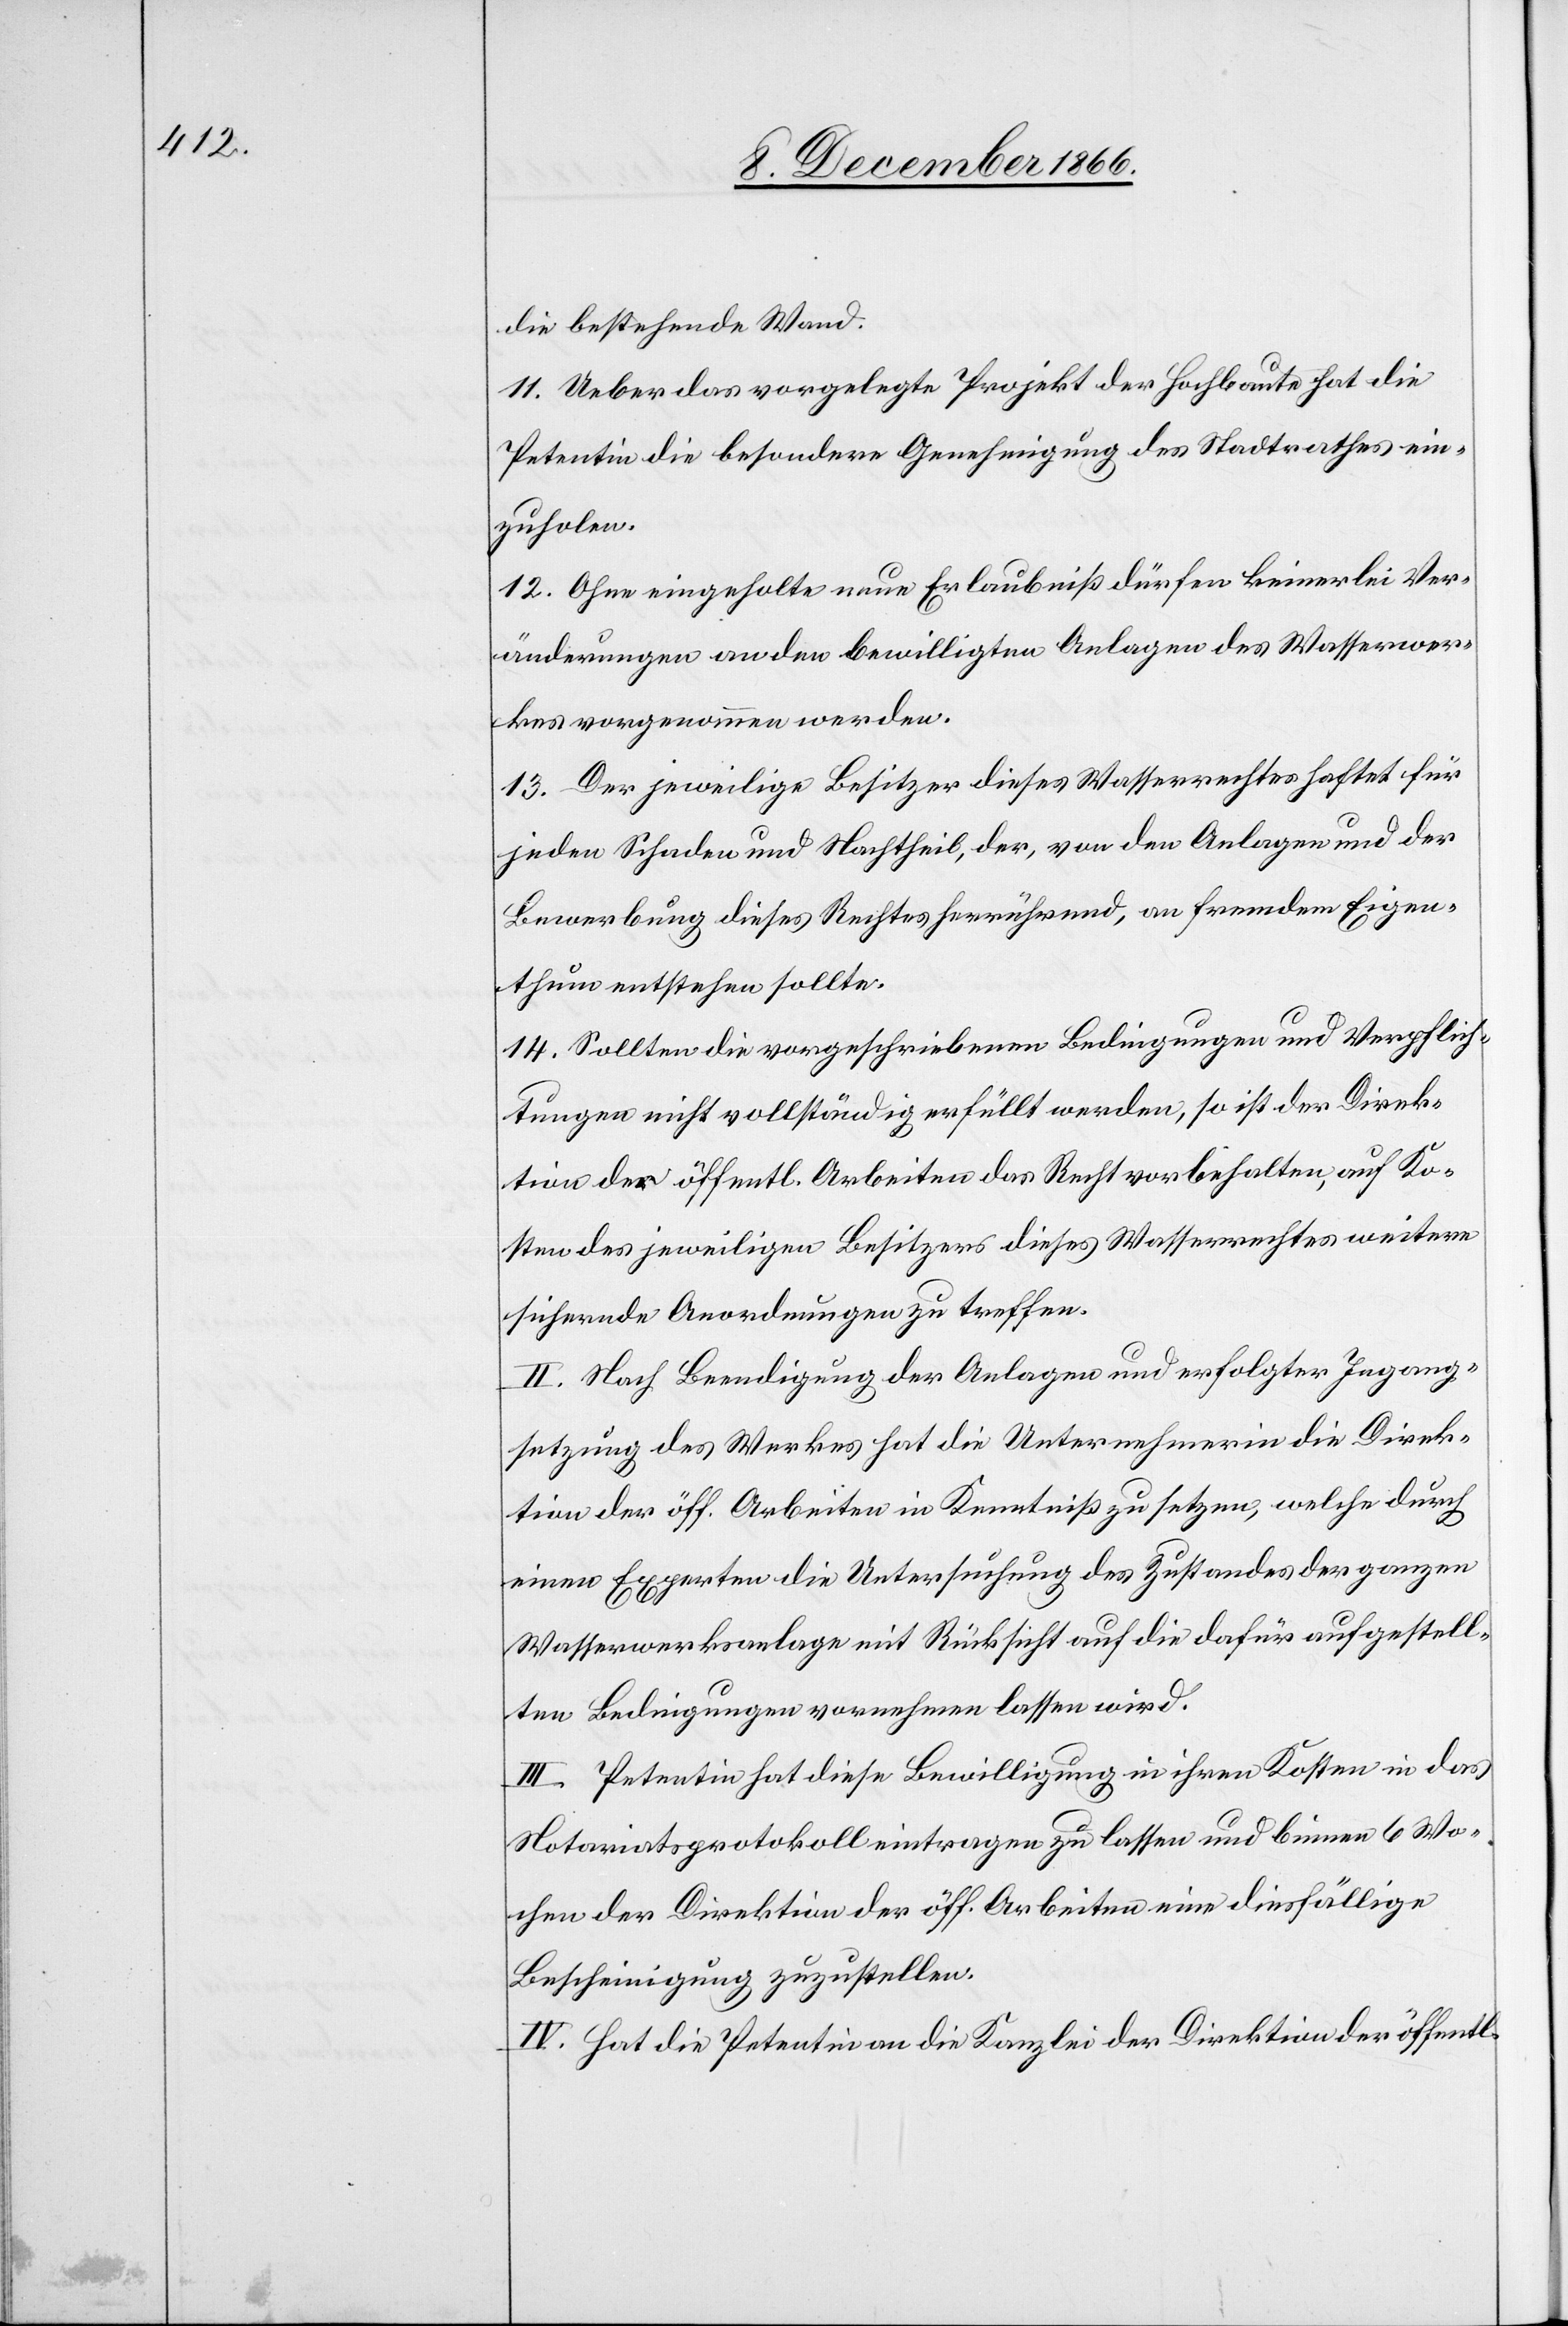
die bestehende Wand.
11. Ueber das vorgelegte Projekt der Hochbaute hat die
Petentin die besondere Genehmigung des Stadtrathes ein¬
zuholen.
12. Ohne eingeholte neue Erlaubniß dürfen keinerlei Ver¬
änderungen an den bewilligten Anlagen des Wasserwer¬
kes vorgenommen werden.
13. Der jeweilige Besitzer dieses Wasserrechtes haftet für
jeden Schaden und Nachtheil, der, von den Anlagen und der
Bewerbung dieses Rechts herrührend, an fremdem Eigen¬
thum entstehen sollte.
14. Sollten die vorgeschriebenen Bedingungen und Verpflich¬
tungen nicht vollständig erfüllt werden, so ist der Direk¬
tion der öffentl. Arbeiten das Recht vorbehalten, auf Ko¬
sten des jeweiligen Besitzers dieses Wasserrechtes weitere
sichernde Anordnungen zu treffen.
II. Nach Beendigung der Anlagen und erfolgter Ingang¬
setzung des Werkes hat die Unternehmerin die Direk¬
tion der öff. Arbeiten in Kenntniß zu setzen, welche durch
einen Experten die Untersuchung des Zustandes der ganzen
Wasserwerksanlage mit Rücksicht auf die dafür aufgestell¬
ten Bedingungen vornehmen lassen wird.
III. Petentin hat diese Bewilligung in ihren Kosten in das
Notariatsprotokoll eintragen zu lassen und binnen 6 Wo¬
chen der Direktion der öff. Arbeiten eine diesfällige
Bescheinigung zuzustellen.
IV. Hat die Petentin an die Kanzlei der Direktion der öffentl.